Vaccination report Assam 1896-1927 - 1896-1927
Year: 1896
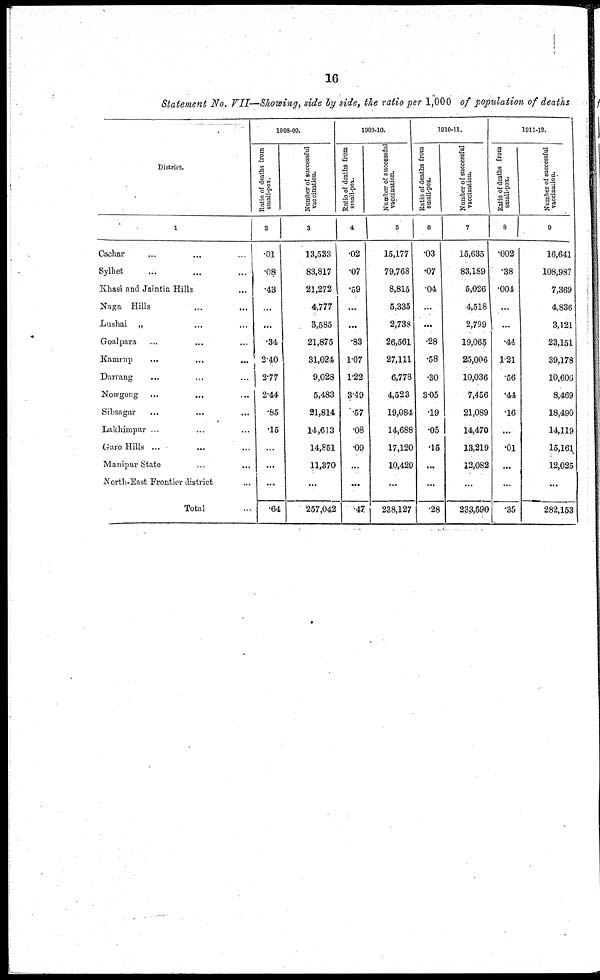
16
Statement No. VII—Showing, side by side, the ratio per 1,000 of population of deaths
District.
1
Cachar ... ...
Sylhet ... ...
Khasi and Jaintia Hills ...
Naga Hills ... ...
Lushai
„ ... ... ...
Goaljara ... ... ...
Kamrup ... ... ...
Darrang ... ... ...
Nowgong ... ... ...
Sibsagar ... ... ...
Lakhimpur ... ...
Garo Hills ... ...
Manipur State ... ...
North-East Frontier district
Total ...
1908-09.
Ratio of deaths from
small-pox.
2
.01
.08
.43
...
...
.34
2.40
2.77
2.44
.85
.15
...
...
...
.64
Number of successful
vaccination.
3
13,533
83,817
21,272
4,777
3,585
21,875
31,024
9,028
5,483
21,814
14,613
14,851
11,370
...
257,042
1909-10.
Ratio of deaths from
Small-pox.
4
.02
.07
.59
...
...
.83
1.07
1.22
3.49
.57
.08
.09
...
...
.47
Number of successful
vaccination.
5
15,177
79,768
8,815
5,335
2,738
26,561
27,111
6,778
4,523
19,084
14,688
17,120
10,429
...
238,127
1910-11.
Ratio of deaths from
small-pox.
6
.03
.07
.04
...
...
.28
.58
.30
3.05
.19
.05
.15
...
...
.28
Number of successful
vaccination.
7
15,635
83,189
5,026
4,518
2,799
19,065
25,006
10,036
7,456
21,089
14,470
13,219
12,082
...
233,590
1911-12.
Ratio of deaths from
small-pox.
8
.002
.38
.004
...
...
.44
1.21
.56
.44
.16
...
.01
...
...
.35
Number of successful
vaccination.
9
16,641
108,987
7,369
4,836
3,121
23,151
39,178
10,606
8,469
18,490
14,119
15,161
12,025
...
282,153